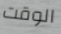
الوقت